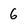
Character: 6